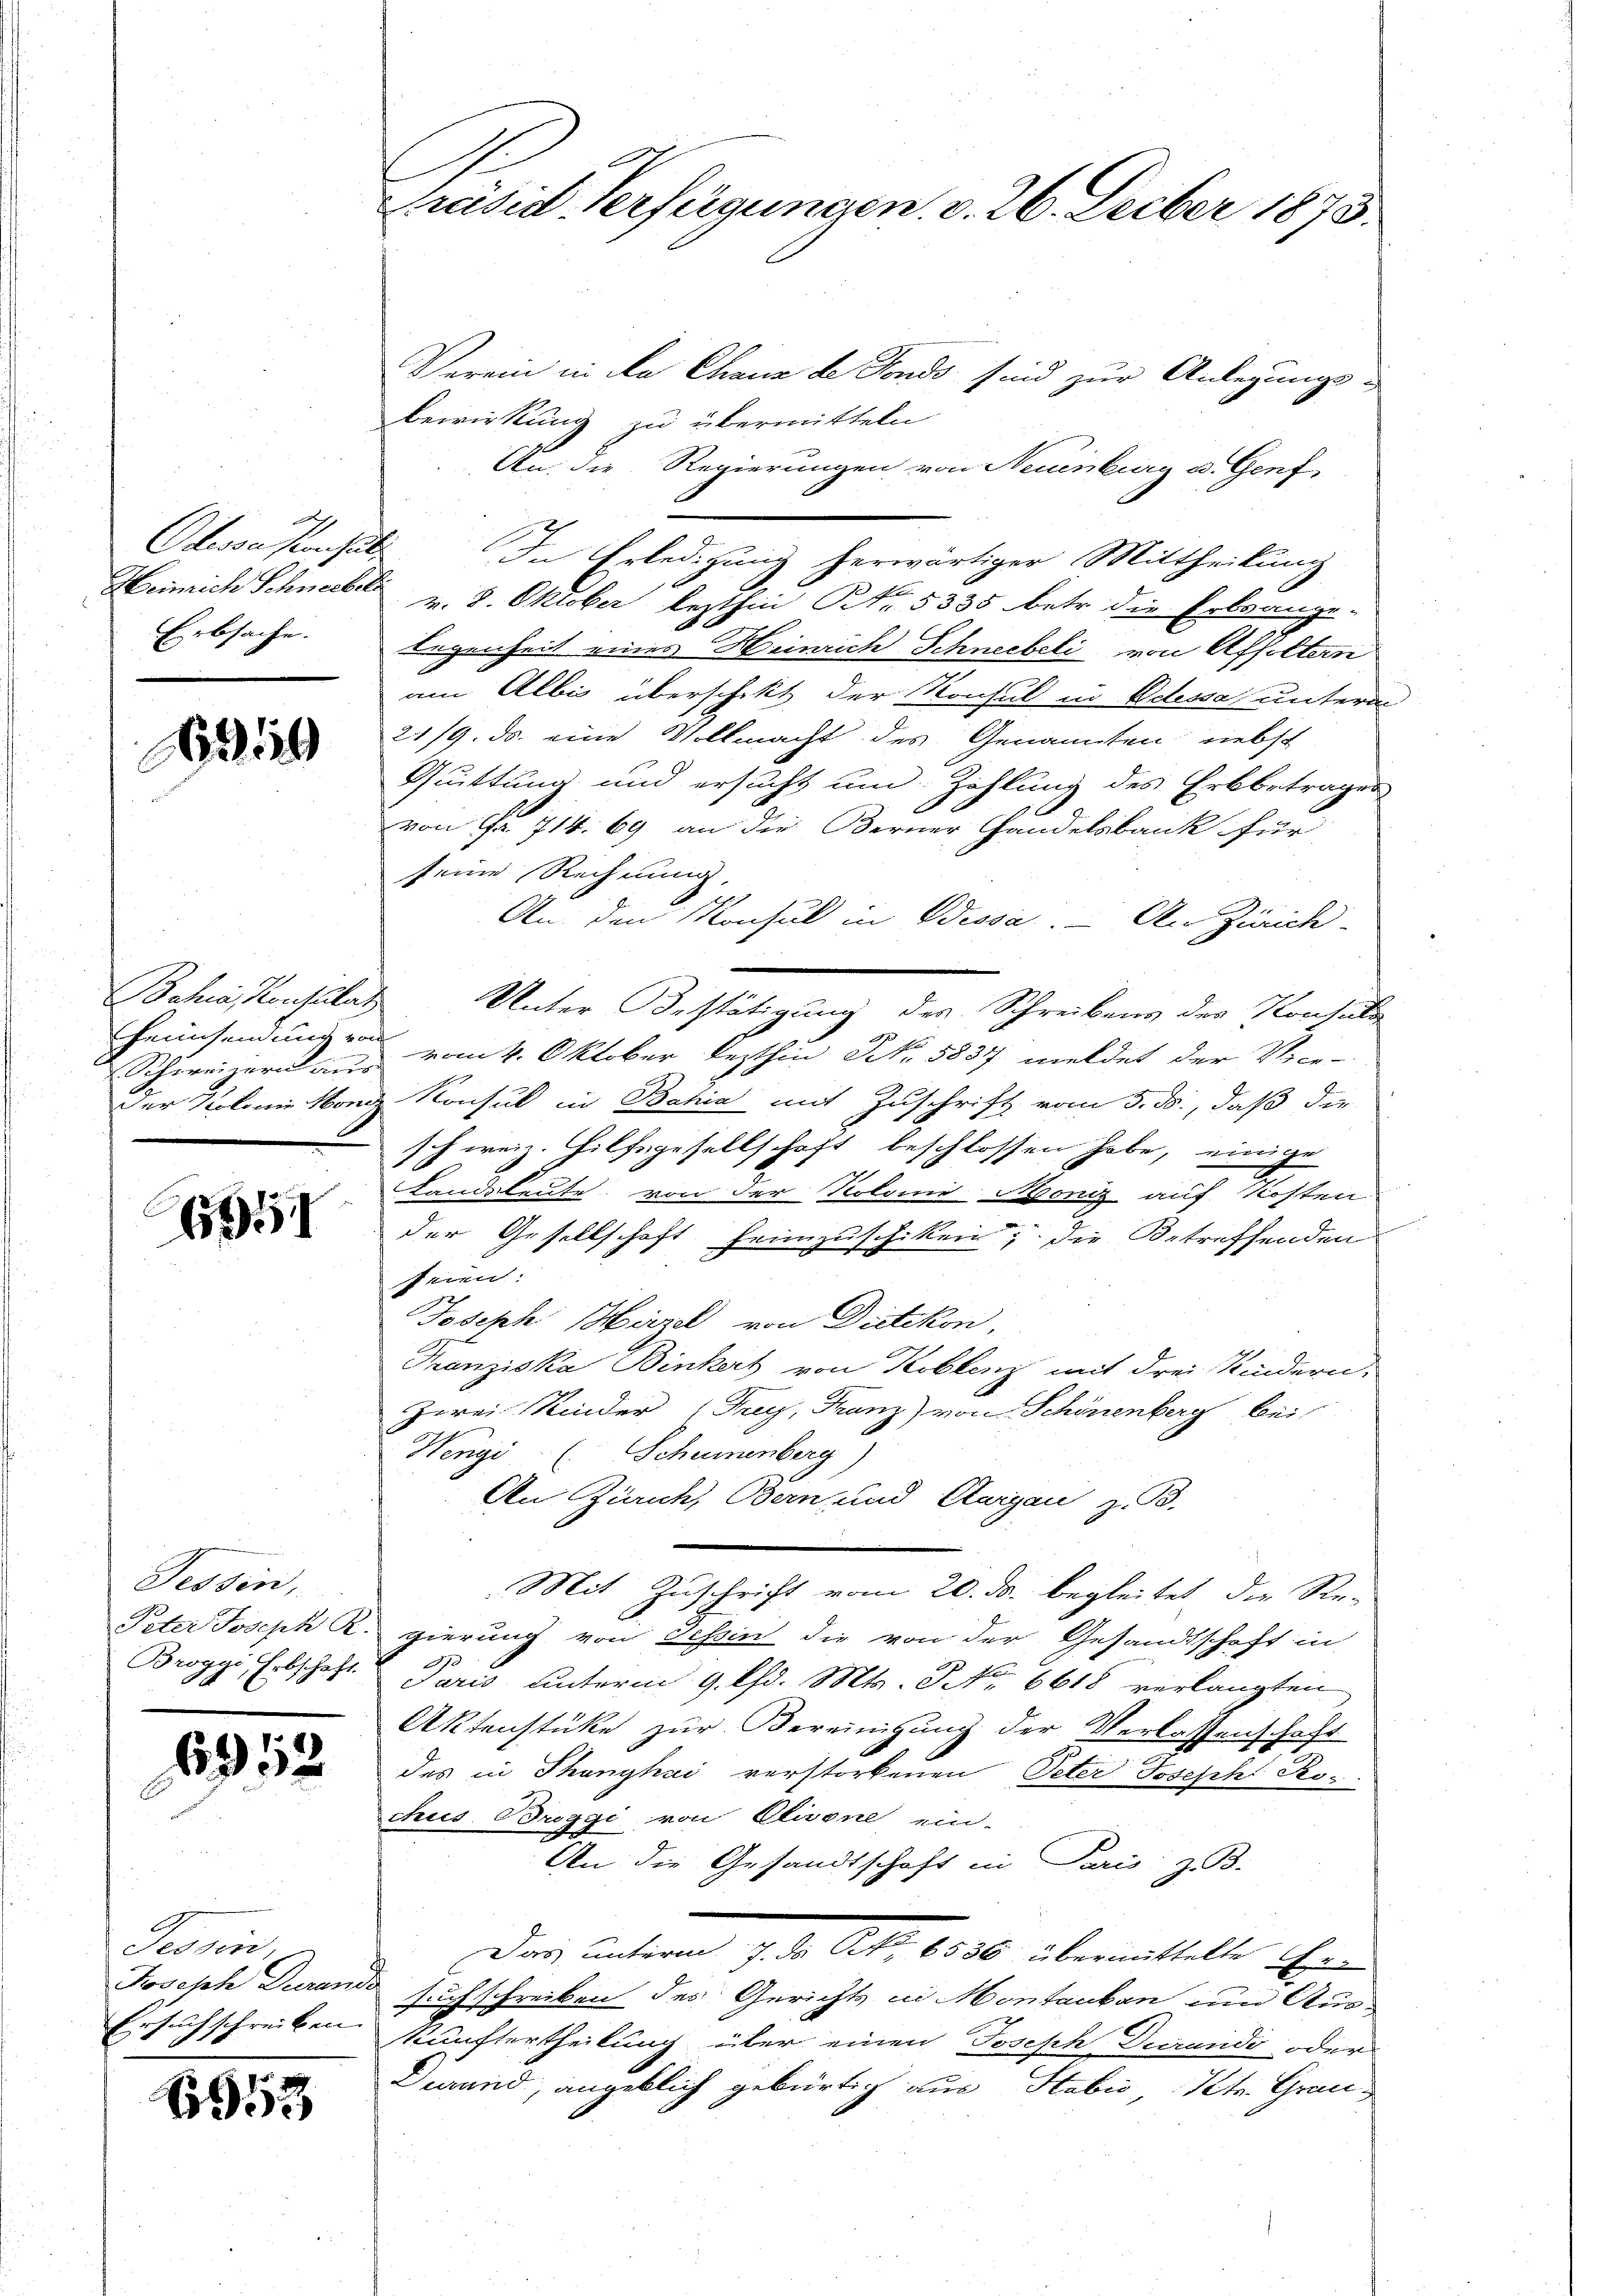
d
Heinrich Schneeber
Erbsache.

1349

Bahia, Konsulat
u Schweizern aus

C
6951

Tessin,
Peter Joseph R
Broggi, Erbschaft.

6912

Tessin
Joseph Daran.
Ersuchschreiben.

1913

Prisis Verfügungen v. 26. Feber 1873.

Verein in da Chaux de Fonds sind zur Anlegungs-
Bewirkung zu übermitteln
An die Regierungen von Neuenburg u. Genf
Otssationsuls. In Erledigung herwärtiger Mittheilung
v. 8. Oktober lezthin Nr. 5335 betr. die Erlange-
legenheit eines Heinrich Schneebeli von Affoltern
am Albi überschikt der Konsul in Ochssa unterm
21/9. ds. eine Vollmacht des Genannten Liebst
Quittung und ersucht und Zahlung des Erbbetrages
von Fr. 714. 69 an die Berner Handelsbank für
seine Rechnung.
An den Konsul in Dessa. An Zürich
Unter Bestätigung des Schreibens des Konsuls
einsamungen vom 4. Oktober lezthin No. 5837 meldet der Vice-
der Kolonie von Konsul in Bahia mit Zuschrift vom 3. ds., daß die
schweiz. Hilfsgesellschaft beschlossen habe, einige
Landsleute von der Kolonie Moniz auf Kosten
der Gesellschaft Heimzuschiken; die Betreffenden
seien.
Joseph Hirzel von Dietikon,
Franziska Binkert von Koblenz mit drei Kindern.
Zwei Kinder (Frey, Franz) von Schönenberg bei
Wengi (Schumenberg)
An Zürich, Bern und Aargau, z. B.
Mit Zuschrift vom 20. ds. begleitet die Re-
gierung von Tessin die von der Gesandtschaft in
Paris unterm 9. lfd. Mts. No 6618 verlangten
Aktenstüke zur Vereinigung der Verlassenschaft
des in Thunyhai verstorbenen Peter Joseph Ro-
chus Breggi von Elivone ein-
An die Gesandtschaft in Paris, z. B.
Der unterm 19. d. Art. 1820 übermittelt ihren
3 such schreiben des Gerichts in Montauben um Aus-
kunftertheilung über einen Joseph Decrando oder
Dirrand, angeblich gebürtig aus Stabić, Petr. Grau¬